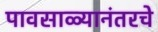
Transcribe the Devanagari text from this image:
पावसाळ्यानंतरचे